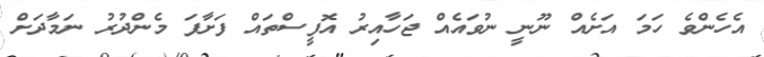
އެހެންވެ ހަމަ އަށެއް ނޫނީ ނުވައެއް ޖަހާއިރު އޮފީސްތައް ފަށާފަ މެންދުރު ނަމާދަށް